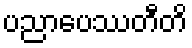
ပညာပေဿတီတိ